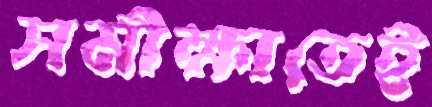
সমীক্ষাতেই